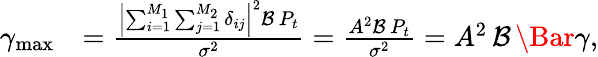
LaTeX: \begin{array}{rl}{\gamma_{\operatorname*{max}}}&{=\frac{{{\left|{\sum_{i=1}^{M_{1}}\sum_{j=1}^{M_{2}}{\delta_{ij}}}\right|}^{2}}{\mathcal{B}\, P_{t}}}{{\sigma^{2}}}=\frac{A^{2}{\mathcal{B}\, P_{t}}}{\sigma^{2}}=A^{2}\, \mathcal{B}\, \Bar{\gamma},}\end{array}